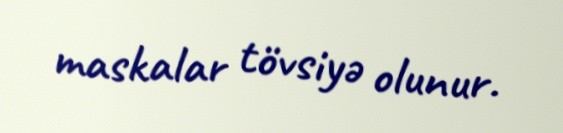
maskalar tövsiyə olunur.